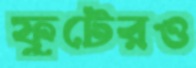
ফুটেরও